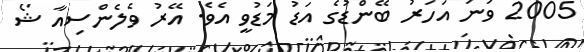
2005 ވަނަ އަހަރު ބޭންޑުގެ އަޑު މަޑުވީ އެވެ. އޭރު ވެލެންސިއާ ޝޯ